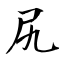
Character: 尻